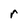
Character: r